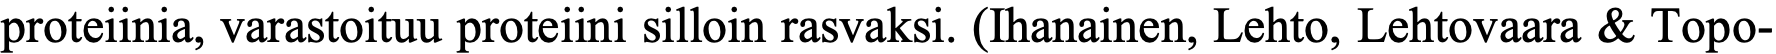
proteiinia, varastoituu proteiini silloin rasvaksi. (Ihanainen, Lehto, Lehtovaara & Topo-